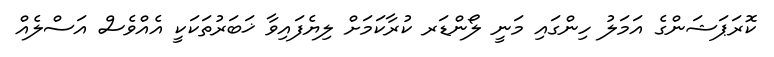
ކޮރަޕަޝަންގެ އަމަލު ހިންގައި މަނީ ލޯންޑަރ ކުރާކަމަށް ލިޔެފައިވާ ޚަބަރުތަކަކީ އެއްވެސް އަސްލެއް